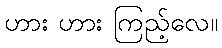
ဟား ဟား ကြည့်လေ။